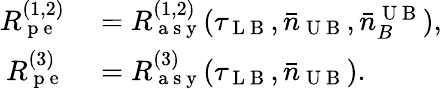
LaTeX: \begin{array}{rl}{R_{\mathrm{~p~e~}}^{(1,2)}}&{{}=R_{\mathrm{~a~s~y~}}^{(1,2)}(\tau_{\mathrm{~L~B~}},\bar{n}_{\mathrm{~U~B~}},\bar{n}_{B}^{\mathrm{~U~B~}}),}\\ {R_{\mathrm{~p~e~}}^{(3)}}&{{}=R_{\mathrm{~a~s~y~}}^{(3)}(\tau_{\mathrm{~L~B~}},\bar{n}_{\mathrm{~U~B~}}).}\end{array}